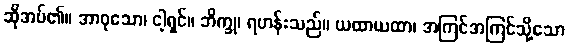
ဆိုအပ်၏။ အာဝုသော၊ ငါ့ရှင်။ ဘိက္ခု၊ ရဟန်းသည်။ ယထာယထာ၊ အကြင်အကြင်သို့သော